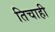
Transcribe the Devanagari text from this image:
तिचाही